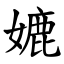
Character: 㜙